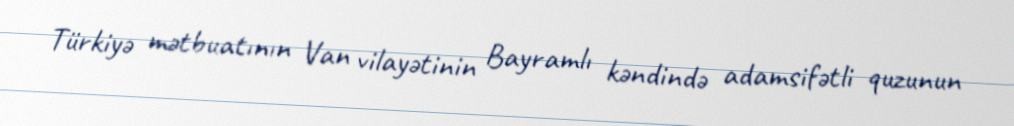
Türkiyə mətbuatının Van vilayətinin Bayramlı kəndində adamsifətli quzunun